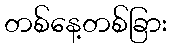
တစ်နေ့တစ်ခြား